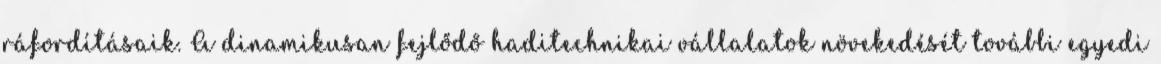
ráfordításaik. A dinamikusan fejlődő haditechnikai vállalatok növekedését további egyedi